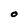
Character: o